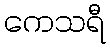
ကေသရီ